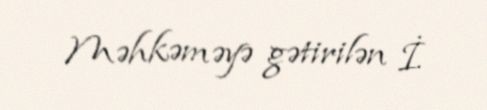
Məhkəməyə gətirilən İ.